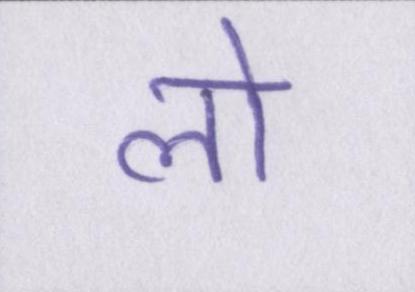
लो